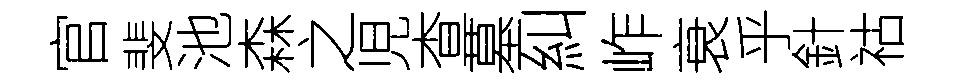
官斐池森之児查墓糾岞衰乎針祜